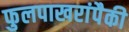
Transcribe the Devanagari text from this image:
फुलपाखरांपैकी